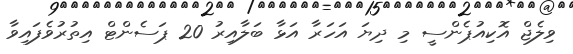
ވިލެޖް އޮކިއުޕެންސީ މި ދިޔަ އަހަރާ އަޅާ ބަލާއިރު 20 ޕަސެންޓް އިތުރުވެފައިވާ